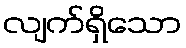
လျက်ရှိသော